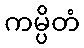
ကမ္ပိတံ